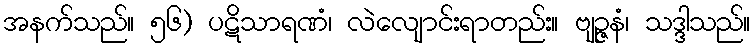
အနက်သည်။ ၅၆) ပဋိသာရဏံ၊ လဲလျောင်းရာတည်း။ ဗျဉ္ဇနံ၊ သဒ္ဒါသည်။